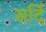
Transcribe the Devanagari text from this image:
सर्दि